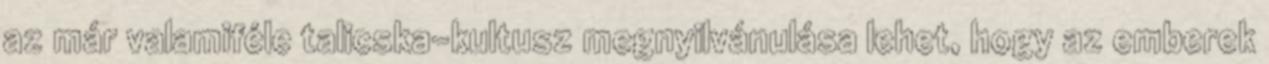
az már valamiféle talicska-kultusz megnyilvánulása lehet, hogy az emberek